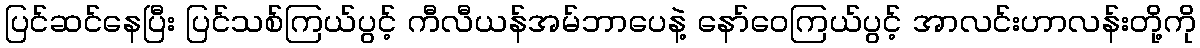
ပြင်ဆင်နေပြီး ပြင်သစ်ကြယ်ပွင့် ကီလီယန်အမ်ဘာပေနဲ့ နော်ဝေကြယ်ပွင့် အာလင်းဟာလန်းတို့ကို